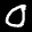
Label: 0